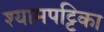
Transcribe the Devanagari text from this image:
श्यामपट्टिका